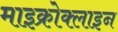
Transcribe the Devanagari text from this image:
माइक्रोक्लाइन